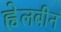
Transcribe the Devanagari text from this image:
ह्वेलबीन